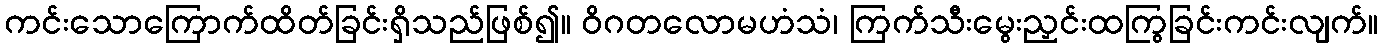
ကင်းသောကြောက်ထိတ်ခြင်းရှိသည်ဖြစ်၍။ ဝိဂတလောမဟံသံ၊ ကြက်သီးမွေးညှင်းထကြွခြင်းကင်းလျက်။